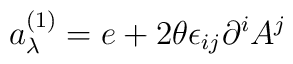
a_\lambda^{(1)} = e + 2\theta\epsilon_{ij}\partial^i A^j